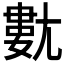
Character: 𡰍